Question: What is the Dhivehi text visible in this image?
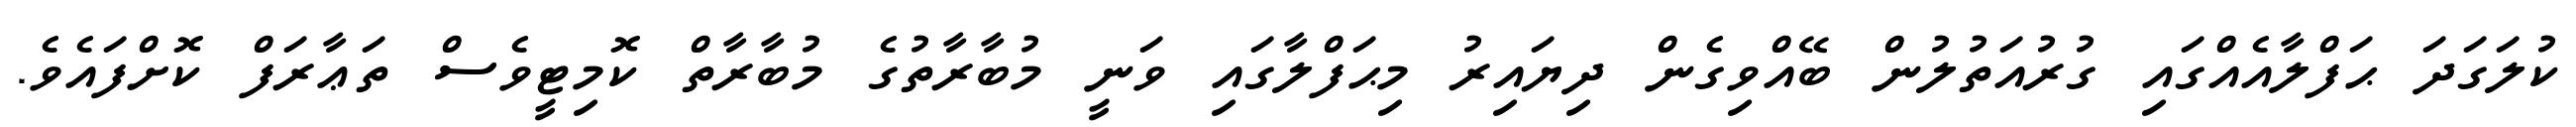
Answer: ކުލަގަދަ ޙަފްލާއެއްގައި ގުރުއަތުލުން ބޭއްވިގެން ދިޔައިރު މިޙަފްލާގައި ވަނީ މުބާރާތުގެ މުބާރާތް ކޮމިޓީވެސް ތަޢާރަފް ކޮށްފައެވެ.